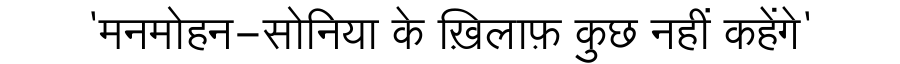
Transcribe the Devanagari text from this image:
'मनमोहन-सोनिया के ख़िलाफ़ कुछ नहीं कहेंगे'